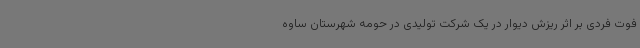
فوت فردی بر اثر ریزش دیوار در یک شرکت تولیدی در حومه شهرستان ساوه